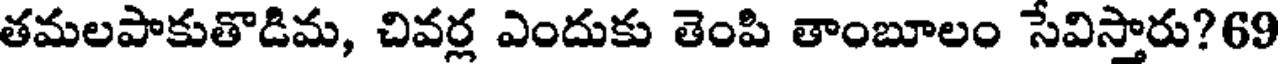
తమలపాకుతొడిమ, చివర్ల ఎందుకు తెంపి తాంబూలం సేవిస్తారు?69